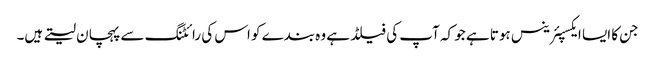
جن کا ایسا ایکسپئرینس ہوتا ہے جو کہ آپ کی فیلڈ ہے وہ بندے کو اس کی رائٹنگ سے پہچان لیتے ہیں۔